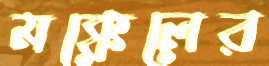
মক্কেলের